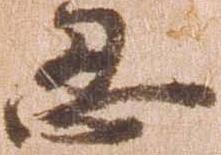
忍